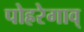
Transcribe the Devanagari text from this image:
पोह्ररेगाव्